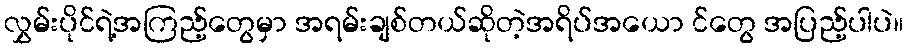
လွှမ်းပိုင်ရဲ့အကြည့်တွေမှာ အရမ်းချစ်တယ်ဆိုတဲ့အရိပ်အယော င်တွေ အပြည့်ပါပဲ။